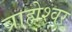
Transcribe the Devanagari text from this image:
ब्राह्मेश्‍वर